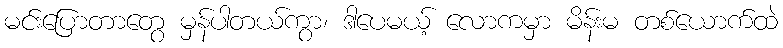
မင်းပြောတာတွေ မှန်ပါတယ်ကွာ၊ ဒါပေမယ့် လောကမှာ မိန်းမ တစ်ယောက်ထဲ